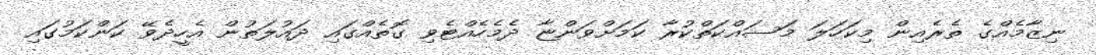
ނިޒާމެއްގެ ތެރެއިން މިކަހަލަ މަސައްކަތްކުރާ ކަމަށްވަންޏާ ދެމެހެއްޓެވި ގޮތެއްގައި ދައުލަތުން އެހީދެވޭ ކަންކަމުގައި